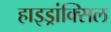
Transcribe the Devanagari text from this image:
हाइड्रांक्सिल